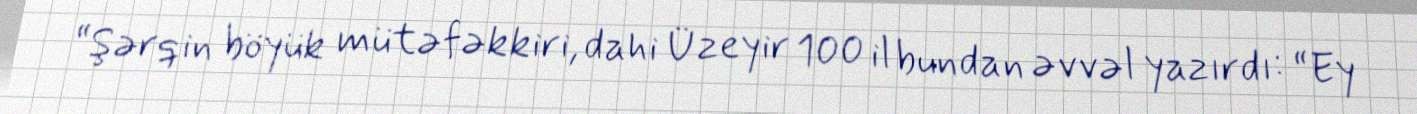
“Şərqin böyük mütəfəkkiri, dahi Üzeyir 100 il bundan əvvəl yazırdı: “Ey